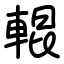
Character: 輥